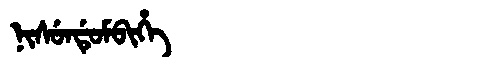
Manchu: ᠨᡳᠰᡠᠨᡩᡠᠮᠪᡳᡥᡝ
Romanization: NISUNDUMBIHE